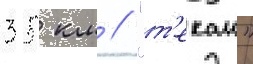
35 км // "т'екаи"